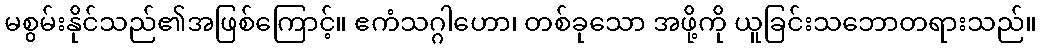
မစွမ်းနိုင်သည်၏အဖြစ်ကြောင့်။ ဧကံသဂ္ဂါဟော၊ တစ်ခုသော အဖို့ကို ယူခြင်းသဘောတရားသည်။